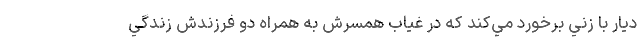
ديار با زني برخورد مي‌کند که در غياب همسرش به همراه دو فرزندش زندگي